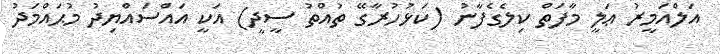
އަލްއަމީރު ޢަލީ މާފަތް ކިލެގެފާނު (ކަޅުހުރާގޭ ތުއްތު ސީދީ) އަކީ އައްސައްޔިދު މުޙައްމަދު